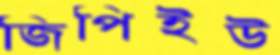
জিপিইউ